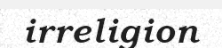
irreligion